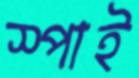
স্পাই